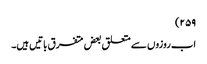
۲۵۹)
اب روزوں سے متعلق بعض متفرق باتیں ہیں۔